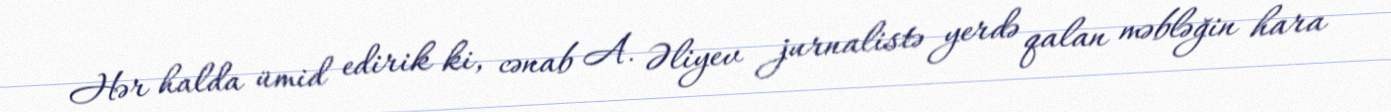
Hər halda ümid edirik ki, cənab A. Əliyev jurnalistə yerdə qalan məbləğin hara